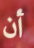
أن